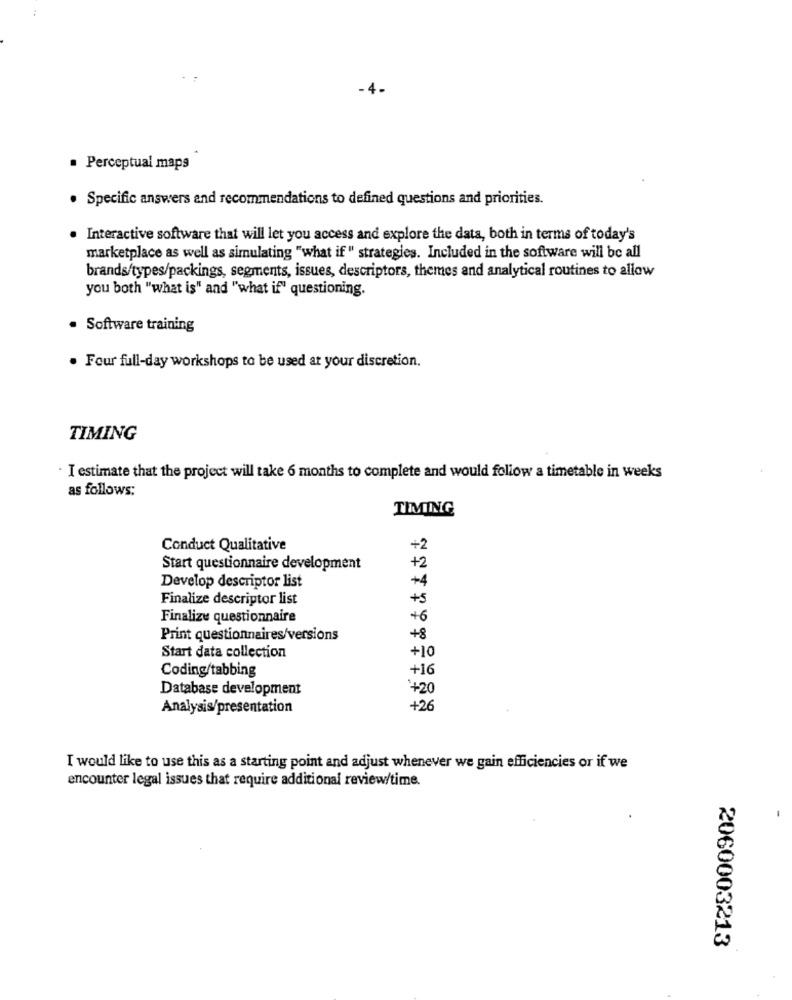
. Perceptual maps
· Specific answers and recommendations to defined questions and priorities.
. Interactive software that will let you access and explore the data, both in terms of today's
marketplace as well as simulating "what if " strategies. Included in the software will be all
brands/types/packings, segments, issues, descriptors, themes and analytical routines to allow
you both "what is" and "what if" questioning.
. Software training
· Four full-day workshops to be used at your discretion.
TIMING
· I estimate that the project will take 6 months to complete and would follow a timetable in weeks
as follows:
TIMING
Conduct Qualitative
+2
Start questionnaire development
+2
Develop descriptor list
+4
Finalize descriptor list
+5
Finalize questionnaire
+6
Print questionnaires/versions
+8
+10
Start data collection
Coding/tabbing
+16
Database development
+20
Analysis/presentation
+26
I would like to use this as a starting point and adjust whenever we gain efficiencies or if we
encounter legal issues that require additional review/time.
2060003213